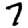
Digit: 7